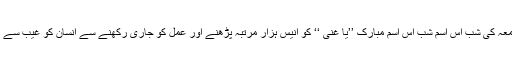
جمعرات اور جمعہ کی شب اس اسم شب اس اسم مبارک ’’یا غنی ‘‘ کو انیس ہزار مرتبہ پڑھنے اور عمل کو جاری رکھنے سے انسان کو غیب سے دولت ملتی ہے ۔